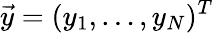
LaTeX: \vec{y}=(y_{1},\dots,y_{N})^{T}